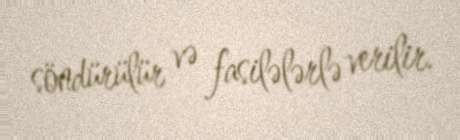
söndürülür və fasilələrlə verilir.